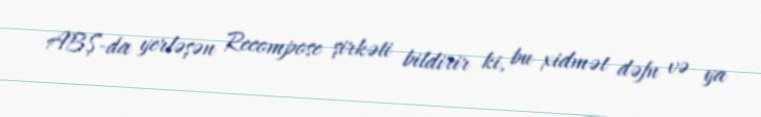
ABŞ-da yerləşən Recompose şirkəti bildirir ki, bu xidmət dəfn və ya